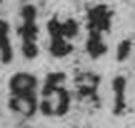
8531